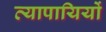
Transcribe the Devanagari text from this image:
व्यापायियों